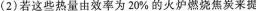
(2)若这些热量由效率为20%的火炉燃烧焦炭来提